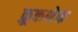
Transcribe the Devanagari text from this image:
क्रूकनेक